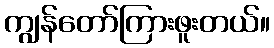
ကျွန်တော်ကြားဖူးတယ်။